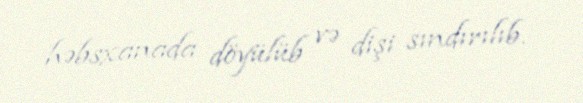
həbsxanada döyülüb və dişi sındırılıb.